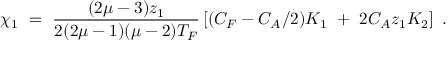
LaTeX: \chi _ { 1 } ~ = ~ \frac { ( 2 \mu - 3 ) z _ { 1 } } { 2 ( 2 \mu - 1 ) ( \mu - 2 ) T _ { F } } \left[ ( C _ { F } - C _ { A } / 2 ) K _ { 1 } ~ + ~ 2 C _ { A } z _ { 1 } K _ { 2 } \right] ~ .